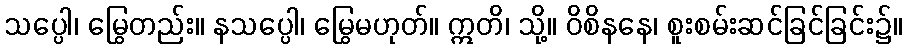
သပ္ပေါ၊ မြွေတည်း။ နသပ္ပေါ၊ မြွေမဟုတ်။ ဣတိ၊ သို့။ ဝိစိနနေ၊ စူးစမ်းဆင်ခြင်ခြင်း၌။